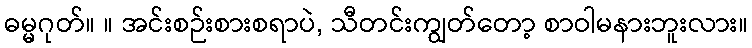
ဓမ္မဂုတ်။ ။ အင်းစဉ်းစားစရာပဲ, သီတင်းကျွတ်တော့ စာဝါမနားဘူးလား။